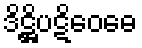
ဒိဋ္ဌိပဋိဝေဓေ